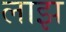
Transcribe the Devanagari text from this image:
लाझ